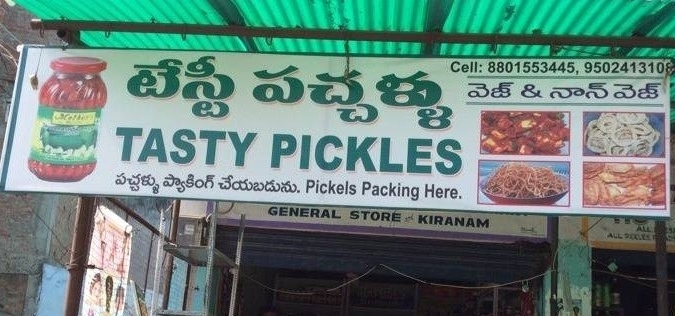
Language: telugu
Transcription: టేస్టి చేయబడును. నాన్ పచ్చళ్ళు పచ్చళ్ళు ప్యాకింగ్ వెజ్ వెజ్